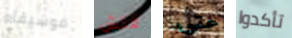
موسيقاه فتش حتى تأكدوا